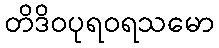
တိဒိဝပုရဝရသမော